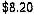
$8.20